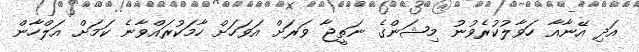
އަދި އޭނާއާ ހަވާލުކުރެވުނު މިޝަންގެ ނަތީޖާ ވަރަށް އަވަހަށް ހާމަކުރައްވާނެ ކަމަށް އަލްހާން